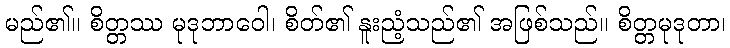
မည်၏။ စိတ္တဿ မုဒုဘာဝေါ၊ စိတ်၏ နူးညံ့သည်၏ အဖြစ်သည်။ စိတ္တမုဒုတာ၊